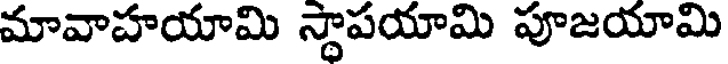
మావాహయామి స్థాపయామి పూజయామి